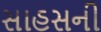
સાહસની